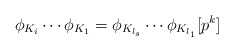
\begin{align*}\phi_{K_i} \cdots \phi_{K_1} = \phi_{K_{l_s}} \cdots \phi_{K_{l_1}} [p^k]\end{align*}